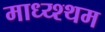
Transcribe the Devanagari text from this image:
माध्य्श्थम